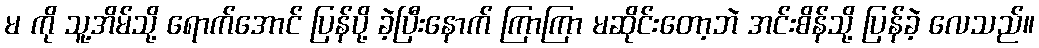
မ ကို သူ့အိမ်သို့ ရောက်အောင် ပြန်ပို့ ခဲ့ပြီးနောက် ကြာကြာ မဆိုင်းတော့ဘဲ အင်းစိန်သို့ ပြန်ခဲ့ လေသည်။